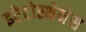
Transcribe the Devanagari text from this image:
इरेटोस्थेनेस